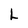
Character: L